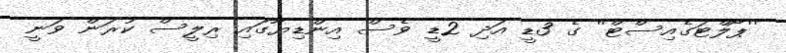
''ޕޯލްޓަގެއިސްޓް'' ގެ 3ޑީ އަދި 2ޑީ ވެސް އިންޑިޔާގައި ރިލީސް ކުރަން ވަނީ